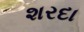
શરદા